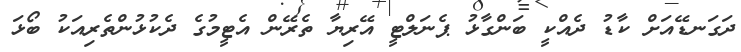
ދަގަނޑޭއަށް ކާޑު ދެއްކީ ބަންގާޅު ޕެނަލްޓީ އޭރިޔާ ތެރޭން އެޓީމުގެ ދެކުޅުންތެރިއަކު ބޯޅަ